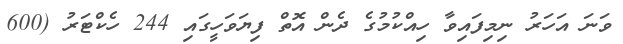
ވަނަ އަހަރު ނިމިފައިވާ ހިއްކުމުގެ ދެން އޮތް ފިޔަވަހީގައި 244 ހެކްޓަރު (600